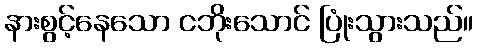
နားစွင့်နေသော ငဘိုးသောင် ပြုံးသွားသည်။